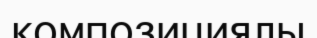
композициялы